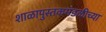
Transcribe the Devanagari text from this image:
शाळापुस्तकमंडळीच्या